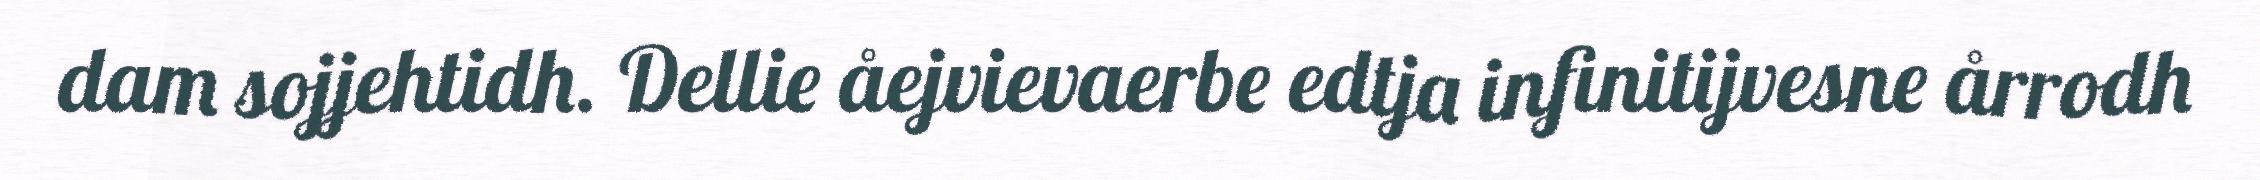
dam sojjehtidh. Dellie åejvievaerbe edtja infinitijvesne årrodh